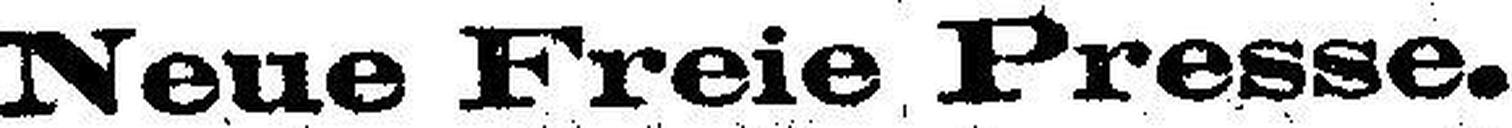
Neue Freie Presse.